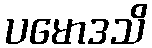
ပမောဒသိ